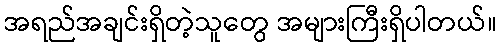
အရည်အချင်းရှိတဲ့သူတွေ အများကြီးရှိပါတယ်။